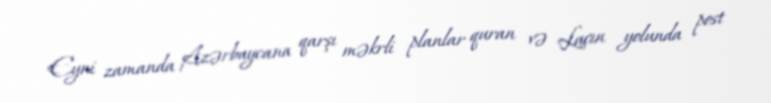
Eyni zamanda Azərbaycana qarşı məkrli planlar quran və Laçın yolunda post